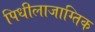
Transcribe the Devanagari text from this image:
पिधीलाजाग्तिक